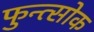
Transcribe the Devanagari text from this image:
फुन्त्सोक